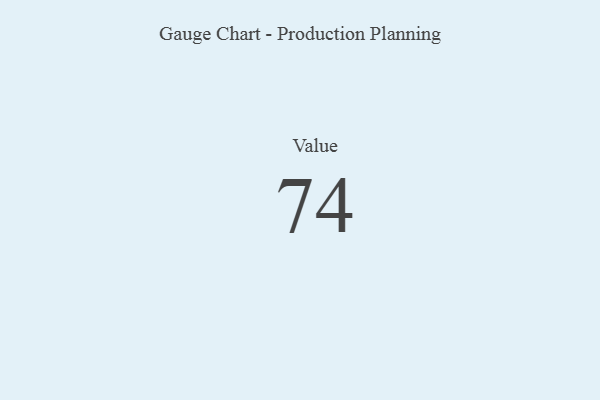
{"axis": {"x": "Metric", "y": "Value"}, "legend": [""], "data": [{"x": "Value", "y": 74, "type": ""}]}